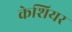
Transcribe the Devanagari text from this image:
केशियर